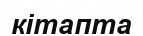
кітапта